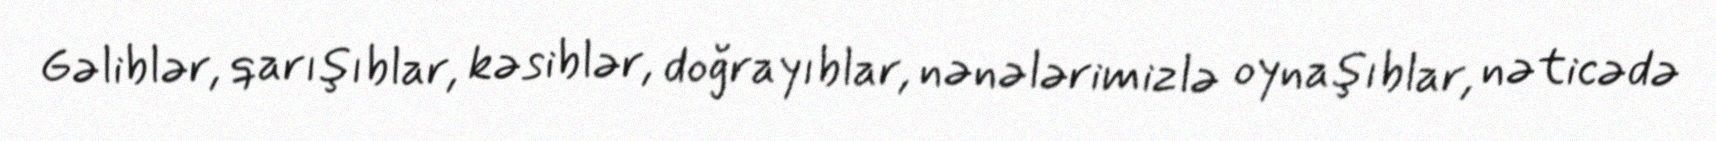
Gəliblər, qarışıblar, kəsiblər, doğrayıblar, nənələrimizlə oynaşıblar, nəticədə